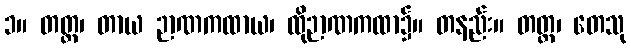
၁။ တတ္ထ၊ တာယ ဉာဏကထာယ၊ ထိုဉာဏကထာ၌။ တနည်း။ တတ္ထ၊ တေသု